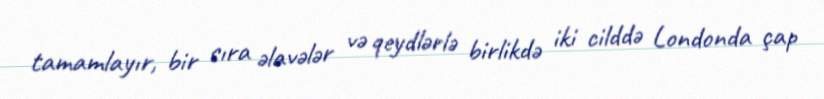
tamamlayır, bir sıra əlavələr və qeydlərlə birlikdə iki cilddə Londonda çap